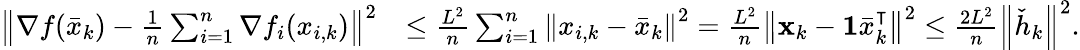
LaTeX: \begin{array}{rl}{\left\Vert\nabla f(\bar{x}_{k})-\frac{1}{n}\sum_{i=1}^{n}\nabla f_{i}(x_{i,k})\right\Vert^{2}}&{\leq\frac{L^{2}}{n}\sum_{i=1}^{n}\left\Vert x_{i,k}-\bar{x}_{k}\right\Vert^{2}=\frac{L^{2}}{n}\left\Vert\mathbf{x}_{k}-\mathbf{1}\bar{x}_{k}^{\intercal}\right\Vert^{2}\leq\frac{2L^{2}}{n}\left\Vert\check{h}_{k}\right\Vert^{2}.}\end{array}